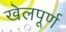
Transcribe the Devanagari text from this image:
खेलपूर्ण